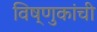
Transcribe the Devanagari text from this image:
विष्णुकांची